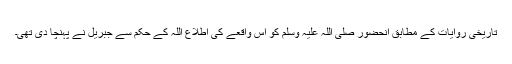
تاریخی روایات کے مطابق آنحضور صلی اللہ علیہ وسلم کو اس واقعے کی اطلاع اللہ کے حکم سے جبریلؑ نے پہنچا دی تھی۔